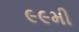
૯૯મી